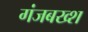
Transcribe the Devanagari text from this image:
गंजबख्श